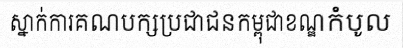
ស្នាក់ការគណបក្សប្រជាជនកម្ពុជាខណ្ឌកំបូល